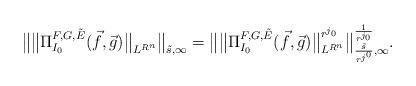
LaTeX: \begin{align*}\big\| \big\| \Pi_{I_0}^{F, G, \tilde E} (\vec f, \vec g) \big\|_{L^{R^n}} \big\|_{\tilde s, \infty}= \big\| \big\| \Pi_{I_0}^{F, G, \tilde E} (\vec f, \vec g) \big\|_{L^{R^n}}^{r^{j_0}} \big\|_{\frac{\tilde s}{r^{j^0}}, \infty}^{\frac{1}{r^{j_0}}}.\end{align*}